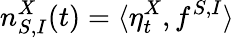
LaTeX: n_{S,I}^{X}(t)=\langle\eta_{t}^{X},f^{S,I}\rangle